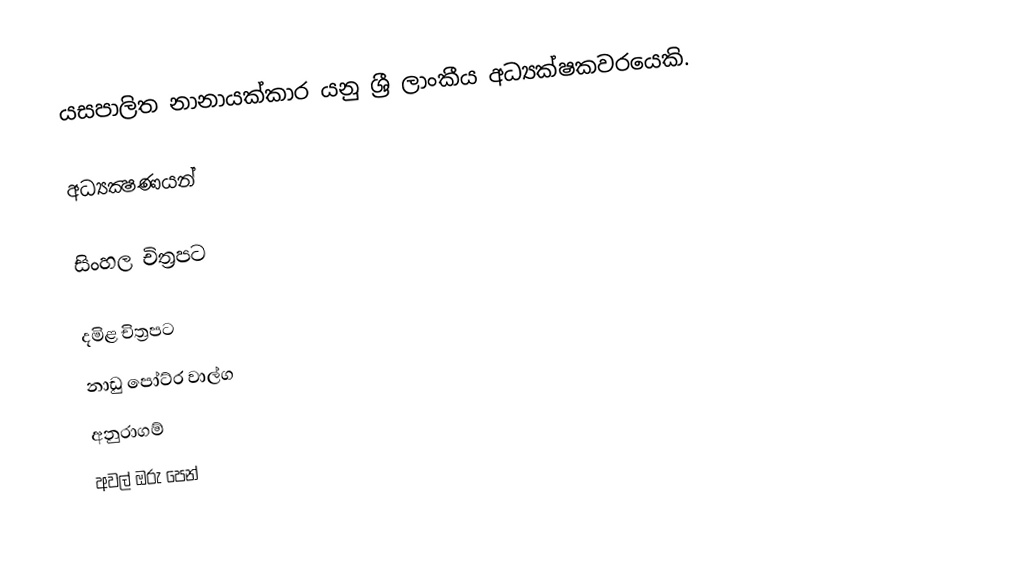
යසපාලිත නානායක්කාර යනු ශ්‍රී ලාංකීය අධ්‍යක්ෂකවරයෙකි.

අධ්‍යක්‍ෂණයන්

සිංහල චිත්‍රපට

දමිළ චිත්‍රපට
නාඩු පෝට්ර වාල්ග
අනුරාගම්
අවල් ඔරු පෙන්